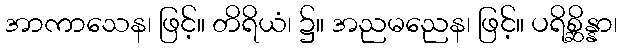
အာကာသေန၊ ဖြင့်။ တိရိယံ၊ ၌။ အညမညေန၊ ဖြင့်။ ပရိစ္ဆိန္နာ၊